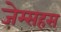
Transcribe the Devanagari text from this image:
जेम्सहस